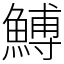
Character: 𩹲